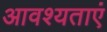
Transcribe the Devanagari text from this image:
आवश्यताएं